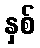
နှစ်